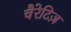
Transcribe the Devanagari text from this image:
चैरेटिज़